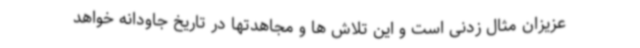
عزیزان مثال زدنی است و این تلاش ها و مجاهدتها در تاریخ جاودانه خواهد